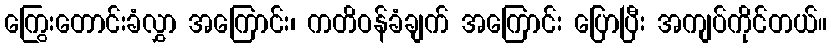
ကြွေးတောင်းခံလွှာ အကြောင်း၊ ကတိဝန်ခံချက် အကြောင်း ပြောပြီး အကျပ်ကိုင်တယ်။